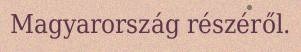
Magyarország részéről.